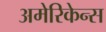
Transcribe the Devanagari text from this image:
अमेरिकेन्स